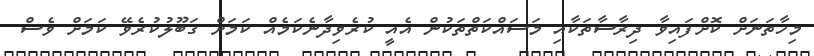
މިހާތަނަށް ކޮށްފައިވާ ދިރާސާތަކާއި މަސައްކަތްތަކުން އެއީ ކުރެވިދާނެކަމެއް ކަމަށް ގަބޫލުކުރެވޭ ކަމަށް ވެސް